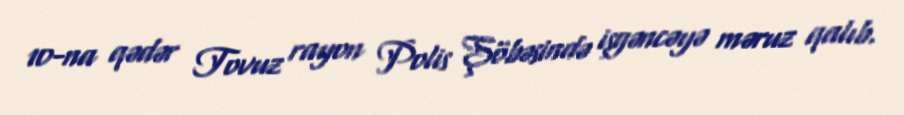
10-na qədər Tovuz rayon Polis Şöbəsində işgəncəyə məruz qalıb.